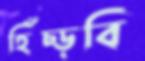
হিঁচ্‌ড়বি